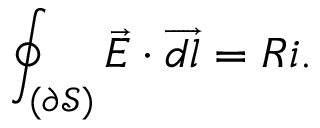
\oint _ { ( \partial \mathcal { S } ) } \Vec { E } \cdot \overrightarrow { d l } = R i .